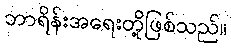
ဘာရိန်းအရေးတို့ဖြစ်သည်။